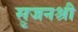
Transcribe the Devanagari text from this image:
सृजनश्री